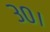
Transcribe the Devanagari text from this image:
३०।